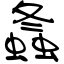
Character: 螽